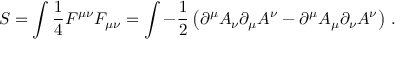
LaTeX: S = \int { \frac { 1 } { 4 } } F ^ { \mu \nu } F _ { \mu \nu } = \int - { \frac { 1 } { 2 } } \left( \partial ^ { \mu } A _ { \nu } \partial _ { \mu } A ^ { \nu } - \partial ^ { \mu } A _ { \mu } \partial _ { \nu } A ^ { \nu } \right) \, .